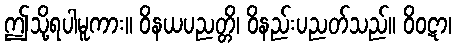
ဤသို့ရပါမူကား။ ဝိနယပညတ္တိ၊ ဝိနည်းပညတ်သည်။ ဝိဝဋာ၊